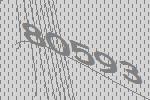
80593